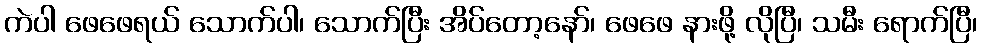
ကဲပါ ဖေဖေရယ် သောက်ပါ၊ သောက်ပြီး အိပ်တော့နော်၊ ဖေဖေ နားဖို့ လိုပြီ၊ သမီး ရောက်ပြီ၊